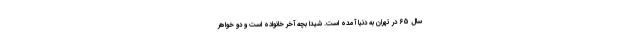
سال 65 در تهران به دنیا آمده است. شیدا بچه آخر خانواده است و دو خواهر